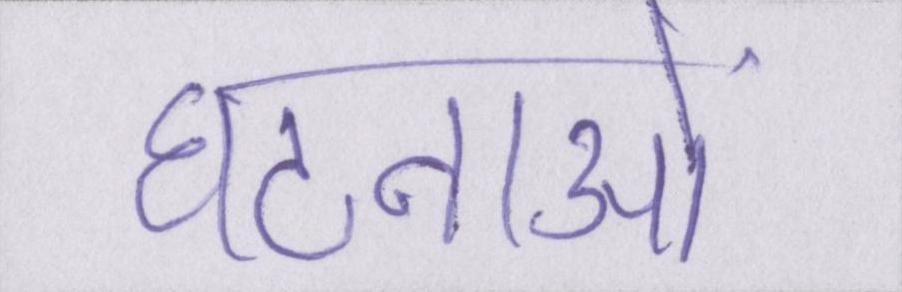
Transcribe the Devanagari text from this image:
घटनाओं